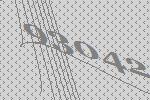
93042